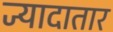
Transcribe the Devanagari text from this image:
ज्यादातार